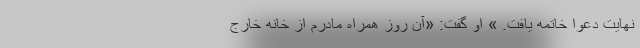
نهایت دعوا خاتمه یافت. » او گفت: «آن روز همراه مادرم از خانه خارج